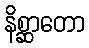
နိစ္ဆာတော